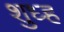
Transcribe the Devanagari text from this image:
शुध्ह